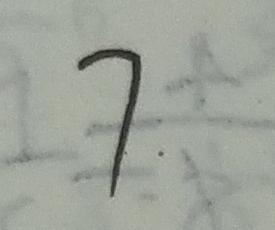
7